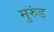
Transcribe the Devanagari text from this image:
मुरुंड